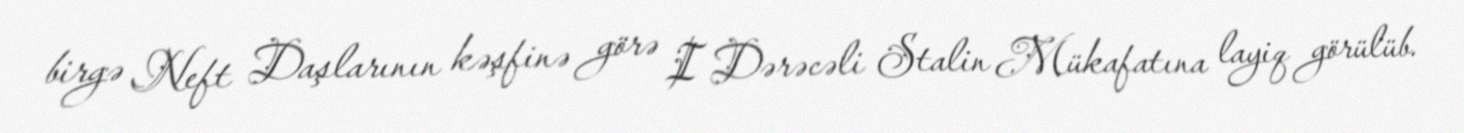
birgə Neft Daşlarının kəşfinə görə I Dərəcəli Stalin Mükafatına layiq görülüb.